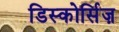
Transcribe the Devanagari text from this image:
डिस्कोर्सिज़